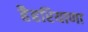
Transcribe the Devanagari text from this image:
हैहरियाणा